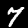
Digit: 7